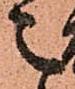
之